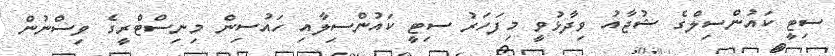
ސިޓީ ކައުންސިލްގެ ޝުޖާއު ވިދާޅުވީ މިފަހަރު ސިޓީ ކައުންސިލާއި ހައުސިން މިނިސްޓްރީގެ ވިސްނުން